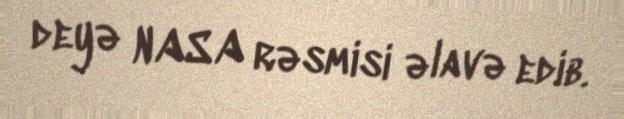
deyə NASA rəsmisi əlavə edib.